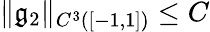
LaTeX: \| \mathfrak{g}_{2}\| _{C^{3}([-1,1])}\leq C